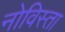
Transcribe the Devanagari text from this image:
नोविस्ता